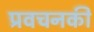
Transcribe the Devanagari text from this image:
प्रवचनकी